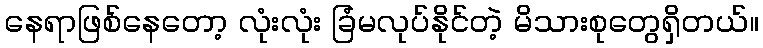
နေရာဖြစ်နေတော့ လုံးလုံး ခြံမလုပ်နိုင်တဲ့ မိသားစုတွေရှိတယ်။